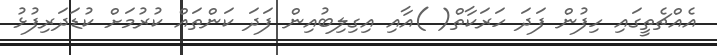
އެއްޗެތީގައި ހިފުން ފަދަ ހަރަކާތް( )އާއި އިގިލިބުއިން ފަދަ ކަންތައް ކުރުމަށް ކުޑަދަރިފުޅު